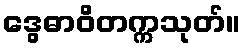
ဒွေဓာဝိတက္ကသုတ်။